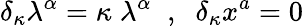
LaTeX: \delta_{\kappa}\lambda^{\alpha}=\kappa\; \lambda^{\alpha}\; \; ,\; \; \delta_{\kappa}x^{a}=0